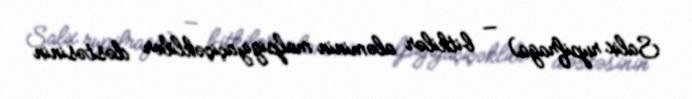
Salix rupifraga) — bitkilər aləminin malpigiyaçiçəklilər dəstəsinin